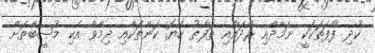
ކުދި ފާފަތަކަކީ ނަމާދާއި ރޯދައާއި ތަފާތު ހެޔޮ ކަންތަކާއި ދިމާވާ އެކި މުޞީބާތަށް